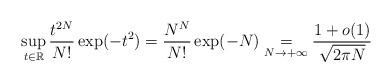
LaTeX: \begin{align*}\sup_{t\in\mathbb{R}} \frac{t^{2N}}{N!}\exp(-t^2)=\frac{N^N}{N!}\exp(-N)\underset{N\to +\infty}{=}\frac{1+o(1)}{\sqrt{2\pi N}}\end{align*}